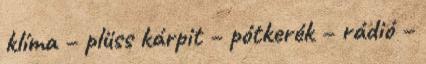
klíma – plüss kárpit – pótkerék – rádió –